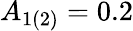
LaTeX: A_{1(2)}=0.2